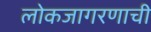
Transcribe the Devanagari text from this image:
लोकजागरणाची